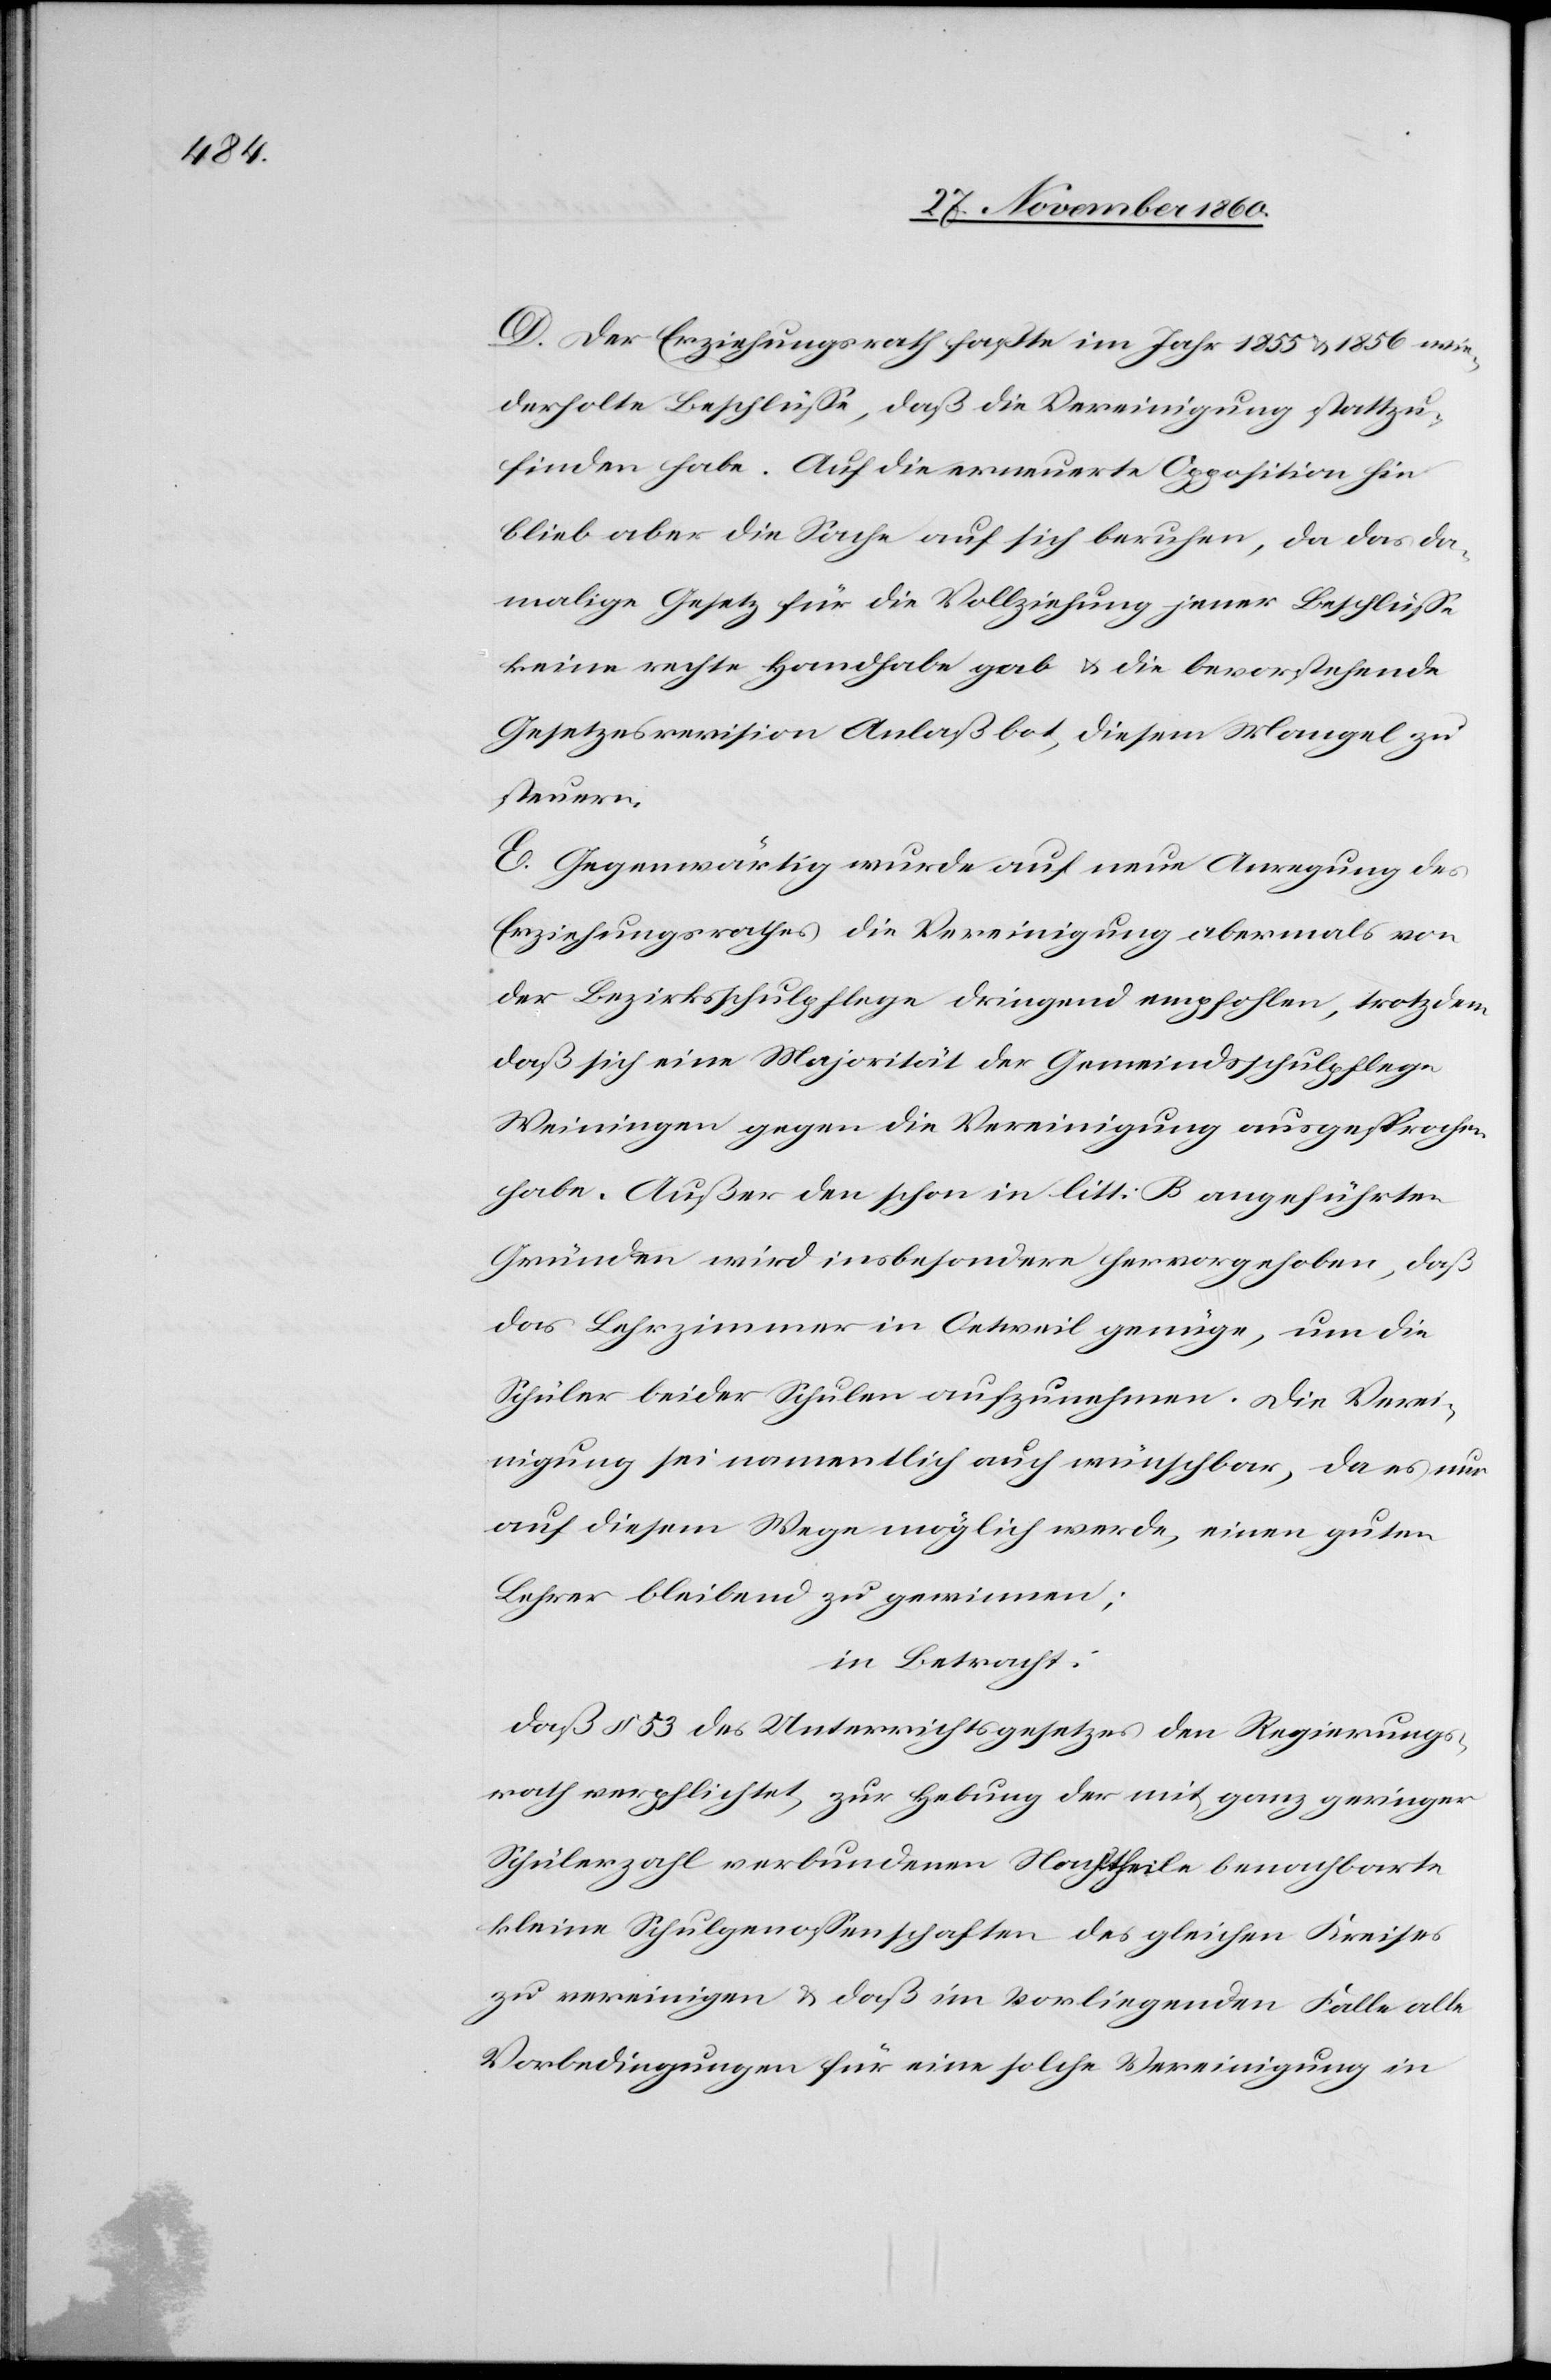
D. Der Erziehungsrath faßte im Jahr 1855 u. 1856 wie¬
derholte Beschlüsse, daß die Vereinigung stattzu¬
finden habe. Auf die erneuerte Opposition hin
blieb aber die Sache auf sich beruhen, da das da¬
malige Gesetz für die Vollziehung jener Beschlüsse
keine rechte Handhabe gab u. die bevorstehende
Gesetzesrevision Anlaß bot, diesen Mangel zu
steuern
E. Gegenwärtig wurde auf neue Anregung des
Erziehungsrathes die Vereinigung abermals von
der Bezirksschulpflege dringend empfohlen, trotzdem
daß sich eine Majorität der Gemeindsschulpflege
Weiningen gegen die Vereinigung ausgesprochen
habe. Außer den schon in litt. B angeführten
Gründen wird insbesondere hervorgehoben, daß
das Lehrzimmer in Oetweil genüge, um die
Schüler beider Schulen aufzunehmen. Die Verei¬
nigung sei namentlich auch wünschbar, da es nur
auf diesem Wege möglich werde, einen guten
Lehrer bleibend zu gewinnen.
in Betracht.
daß § 53 des Unterrichtsgesetzes den Regierungs¬
rath verpflichtet, zu Hebung der mit ganz geringer
Schülerzahl verbundenen Nachtheile benachbarte
kleine Schulgenossenschaften des gleichen Kreises
zu vereinigen u. daß im vorliegenden Falle alle
Vorbedingungen für eine solche Vereinigung in